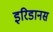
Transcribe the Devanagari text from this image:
इरिडानस